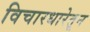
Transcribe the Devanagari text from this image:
विचारधारेतून